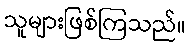
သူများဖြစ်ကြသည်။